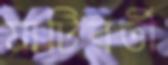
মাটিবর্তী